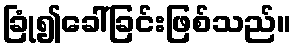
ခြုံ၍ခေါ်ခြင်းဖြစ်သည်။